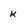
Character: k